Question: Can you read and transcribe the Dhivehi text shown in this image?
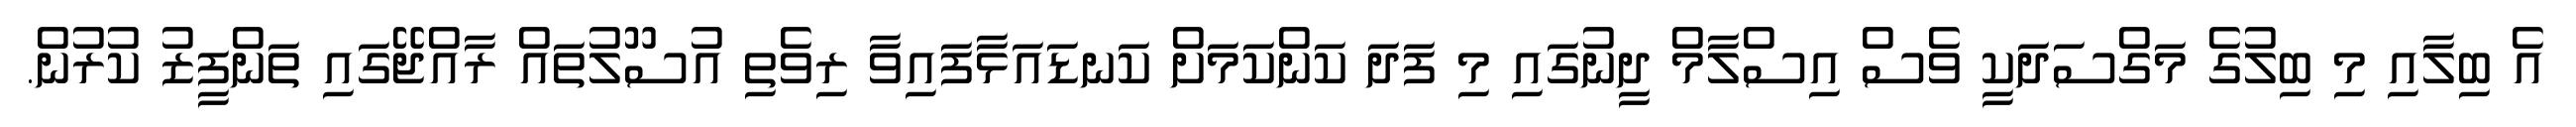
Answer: އެ ބިލާއި މި ބިލުގެ މަގްސަދަކީ ވެސް އިސްލާމް ދީނުގައި މި ފަދަ ކަންކަމަށް ކަނޑައަޅާފައިވާ ރިވެތި އުސޫލުތައް ރާއްޖޭގައި ތަންފީޒު ކުރުން.